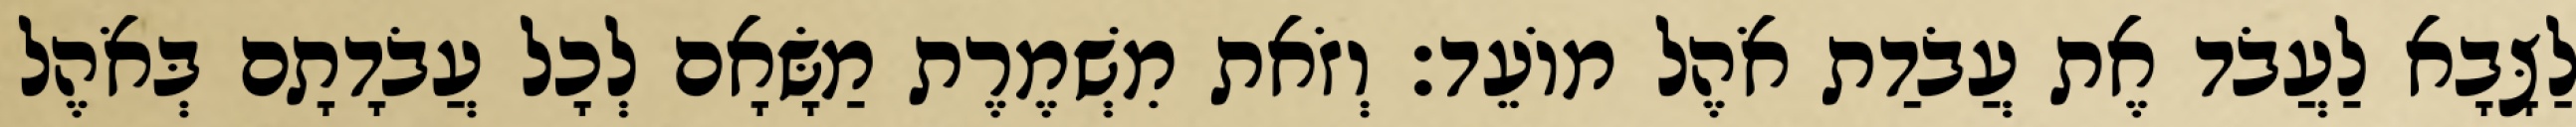
לַצָּבָא לַעֲבֹד אֶת עֲבֹדַת אֹהֶל מוֹעֵד׃ וְזֹאת מִשְׁמֶרֶת מַשָּׂאָם לְכָל עֲבֹדָתָם בְּאֹהֶל